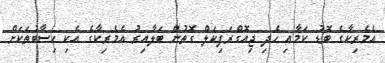
އެމެރިކާގެ ބޮޑު ކަމާއި ހެދި ޖިއޮގްރަފިކަލް ގޮތުން ބަލާއިރު އެމެރިކާގެ އެކި ހިސާބުތަކަށް